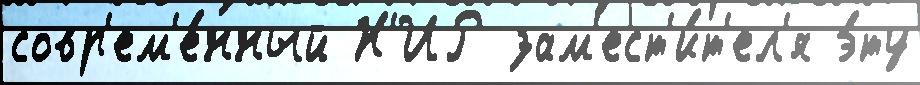
совр'ем'е́нный Н'ИР зам'ест'и́т'ел'я э́ту